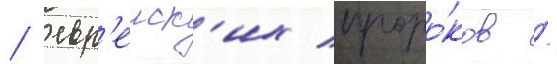
/ евр'еиск'их проро́ков /